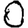
Digit: 0